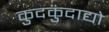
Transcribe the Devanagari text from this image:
कुदकुंदाद्यो